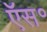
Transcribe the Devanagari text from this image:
ऍस॰